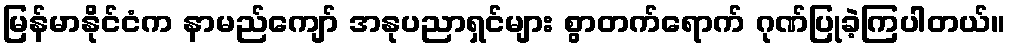
မြန်မာနိုင်ငံက နာမည်ကျော် အနုပညာရှင်များ စွာတက်ရောက် ဂုဏ်ပြုခဲ့ကြပါတယ်။